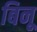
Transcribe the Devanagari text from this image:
बिनू